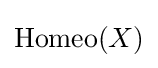
{\textstyle \operatorname {Homeo} (X)}